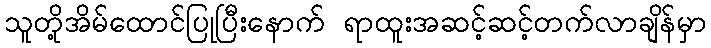
သူတို့အိမ်ထောင်ပြုပြီးနောက် ရာထူးအဆင့်ဆင့်တက်လာချိန်မှာ